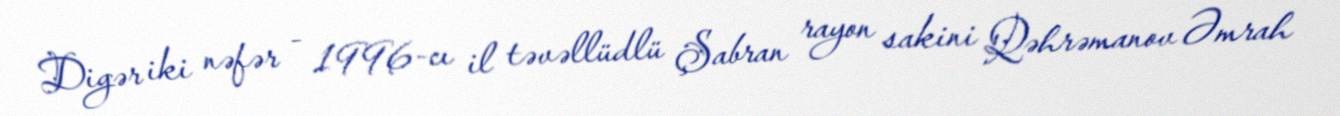
Digər iki nəfər - 1996-cı il təvəllüdlü Şabran rayon sakini Qəhrəmanov Əmrah